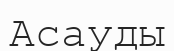
Асауды